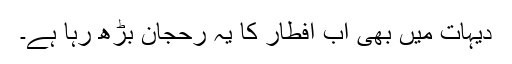
دیہات میں بھی اب افطار کا یہ رحجان بڑھ رہا ہے۔